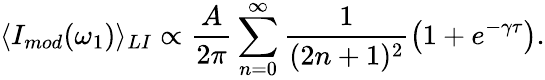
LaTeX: \langle I_{mod}(\omega_{1})\rangle_{LI}\propto\frac{A}{2\pi}\sum_{n=0}^{\infty}\frac{1}{(2n+1)^{2}}\left(1+e^{-\gamma\tau}\right).